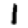
Digit: 1